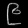
Digit: ၉